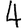
Digit: 4